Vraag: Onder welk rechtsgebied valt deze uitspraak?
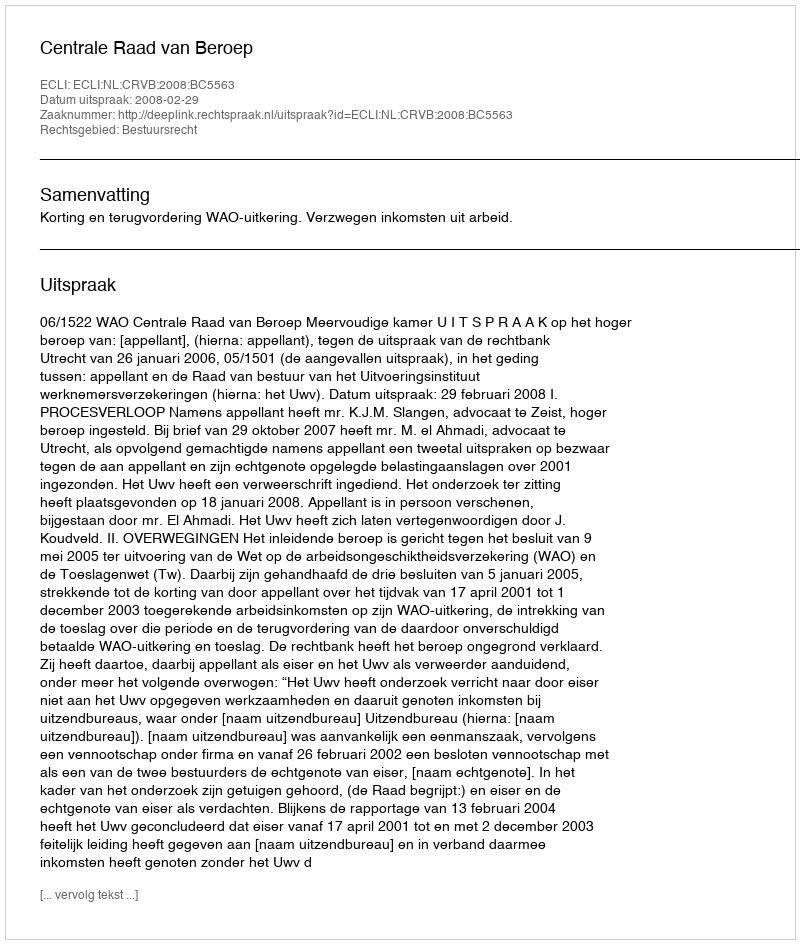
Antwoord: Bestuursrecht